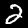
Digit: 2